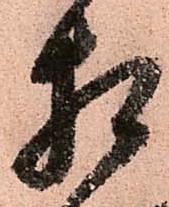
相